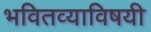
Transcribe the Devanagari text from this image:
भवितव्याविषयी